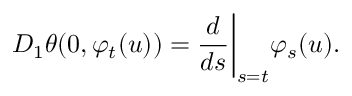
D _ { 1 } \theta ( 0 , \varphi _ { t } ( u ) ) = \frac { d } { d s } \bigg \vert _ { s = t } \varphi _ { s } ( u ) .